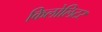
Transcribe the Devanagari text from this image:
किलोलिटर